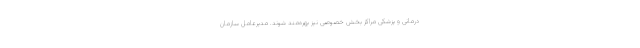
درمانی و پزشکی مراکز بخش خصوصی نیز بهره‌مند شوند. مدیرعامل سازمان